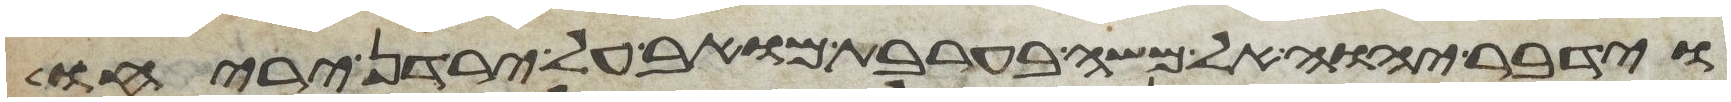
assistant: וידבר יהוה אל משה בערבת מואב על ירדן יריחו